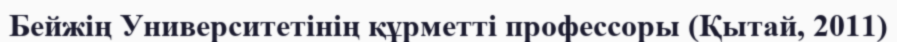
Бейжің Университетінің құрметті профессоры (Қытай, 2011)